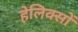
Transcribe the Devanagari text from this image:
हेलिक्सों